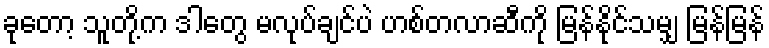
ခုတော့ သူတို့က ဒါတွေ မလုပ်ချင်ပဲ ဟစ်တလာဆီကို မြန်နိုင်သမျှ မြန်မြန်